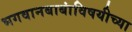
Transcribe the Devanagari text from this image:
भगवानबाबांविषयीच्या